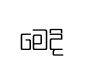
මෙදි